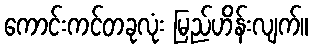
ကောင်းကင်တခုလုံး မြည်ဟိန်းလျက်။